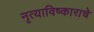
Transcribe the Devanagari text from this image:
नृत्याविष्काराचे